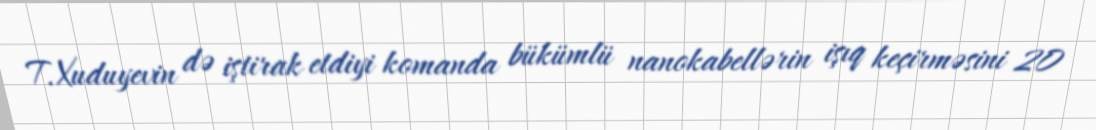
T.Xuduyevin də iştirak etdiyi komanda bükümlü nanokabellərin işıq keçirməsini 20